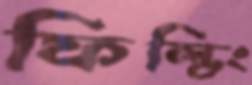
ফিল্ডিং